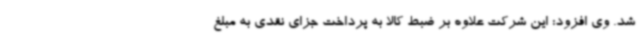
شد. وی افزود: این شرکت علاوه بر ضبط کالا به پرداخت جزای نقدی به مبلغ